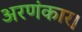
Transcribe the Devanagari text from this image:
अरणंकार।